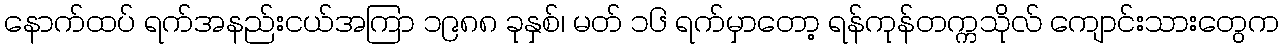
နောက်ထပ် ရက်အနည်းငယ်အကြာ ၁၉၈၈ ခုနှစ်၊ မတ် ၁၆ ရက်မှာတော့ ရန်ကုန်တက္ကသိုလ် ကျောင်းသားတွေက